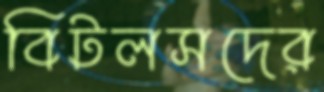
বিটলসদের